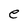
Character: e